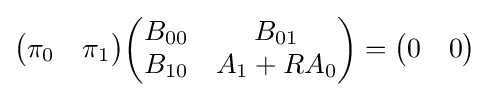
{\begin{aligned}{\begin{pmatrix}\pi _{0}&\pi _{1}\end{pmatrix}}{\begin{pmatrix}B_{00}&B_{01}\\B_{10}&A_{1}+RA_{0}\end{pmatrix}}={\begin{pmatrix}0&0\end{pmatrix}}\end{aligned}}